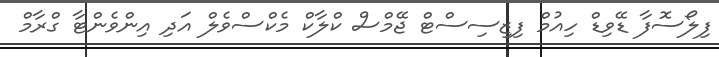
ފިލޯސޮފާ ޑޭވިޑް ހިއުމް ފިޒިސިސްޓް ޖޭމްސް ކްލާކް މެކްސްވެލް އަދި އިންވެންޓާ ގްރާމް